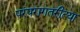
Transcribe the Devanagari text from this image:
परंपरागतरीत्या